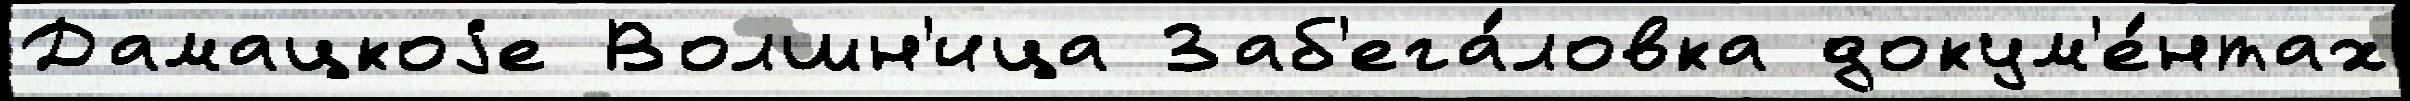
Дамацкоjе Волшн'ица Заб'ега́ловка докум'е́нтах